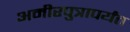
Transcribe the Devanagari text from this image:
अमीरपुत्रापर्यंत